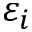
\varepsilon _ { i }